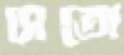
সেতো